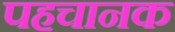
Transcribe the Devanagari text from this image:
पहचानक